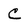
Character: C